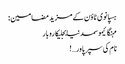
ہسپانوی ٹاؤن کے مزید مضامین :
مہنگائیموسمدنیابجلیکاروبار
نام کی سپر پاور…!